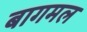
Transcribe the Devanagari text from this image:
बागमल